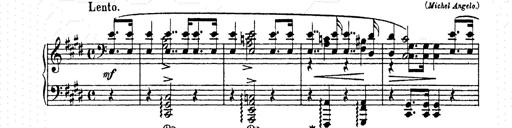
Title: AnnÃ©es de pÃ¨lerinage II
Composer: Franz Liszt